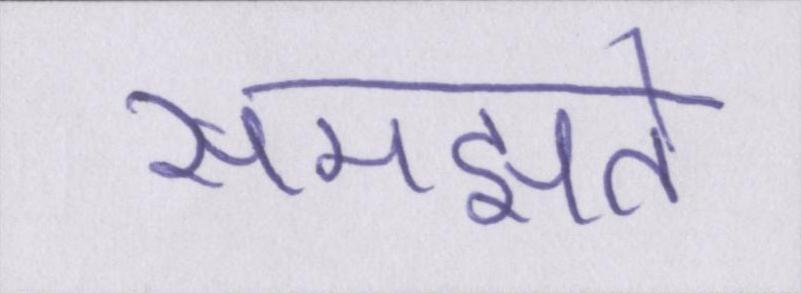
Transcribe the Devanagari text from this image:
समझते